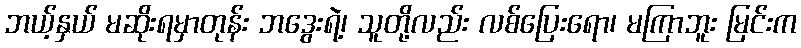
ဘယ့်နှယ် မဆိုးရမှာတုန်း ဘဒွေးရဲ့၊ သူတို့လည်း လစ်ပြေးရော၊ မကြာဘူး မြင်းက